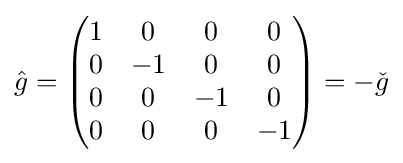
{\hat {g}}={\begin{pmatrix}1&0&0&0\\0&-1&0&0\\0&0&-1&0\\0&0&0&-1\end{pmatrix}}=-{\check {g}}